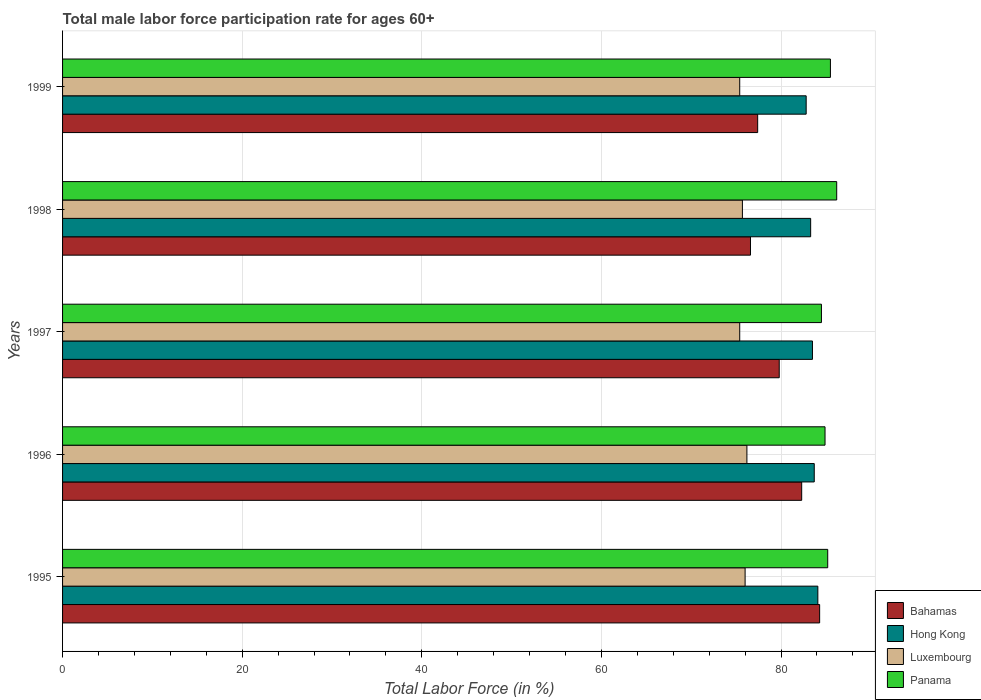
| Years | Bahamas | Hong Kong | Luxembourg | Panama |
 | --- | --- | --- | --- | --- |
 | 1995 | 84.3 | 84.1 | 76 | 85.2 |
 | 1996 | 82.3 | 83.7 | 76.2 | 84.9 |
 | 1997 | 79.8 | 83.5 | 75.4 | 84.5 |
 | 1998 | 76.6 | 83.3 | 75.7 | 86.2 |
 | 1999 | 77.4 | 82.8 | 75.4 | 85.5 |